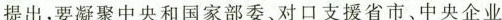
提出，要凝聚中央和国家部委、对口支援省市、中央企业